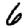
Digit: 6